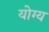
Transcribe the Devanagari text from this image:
योग्य